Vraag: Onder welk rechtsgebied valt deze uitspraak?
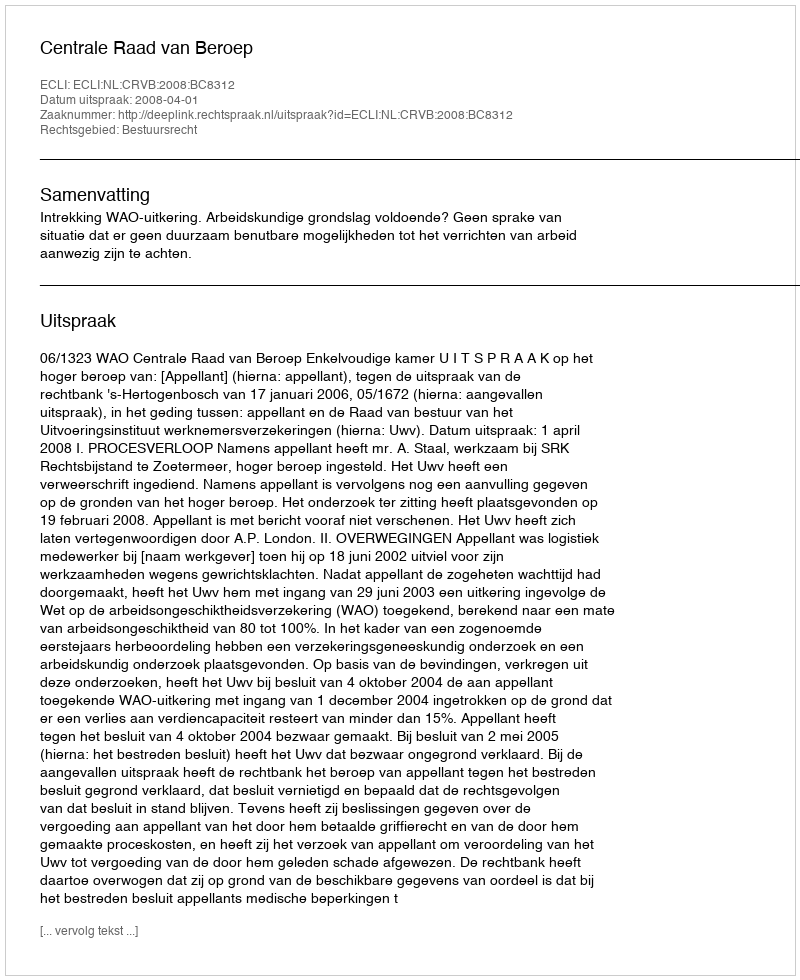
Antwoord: Bestuursrecht